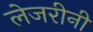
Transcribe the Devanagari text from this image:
लेजरीनी